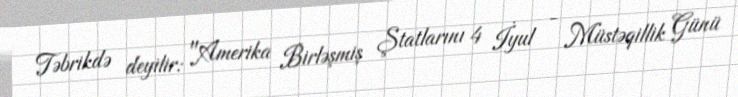
Təbrikdə deyilir: "Amerika Birləşmiş Ştatlarını 4 İyul - Müstəqillik Günü